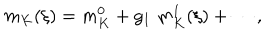
LaTeX: m _ { K } ( \xi ) = m _ { K } ^ { 0 } + g _ { I } \; m _ { K } ^ { 1 } ( \xi ) + \cdots ,